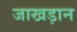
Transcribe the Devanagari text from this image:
जाखड़ान